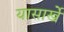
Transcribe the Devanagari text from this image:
यासार्खे